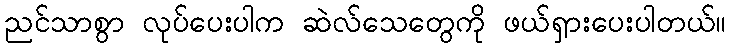
ညင်သာစွာ လုပ်ပေးပါက ဆဲလ်သေတွေကို ဖယ်ရှားပေးပါတယ်။